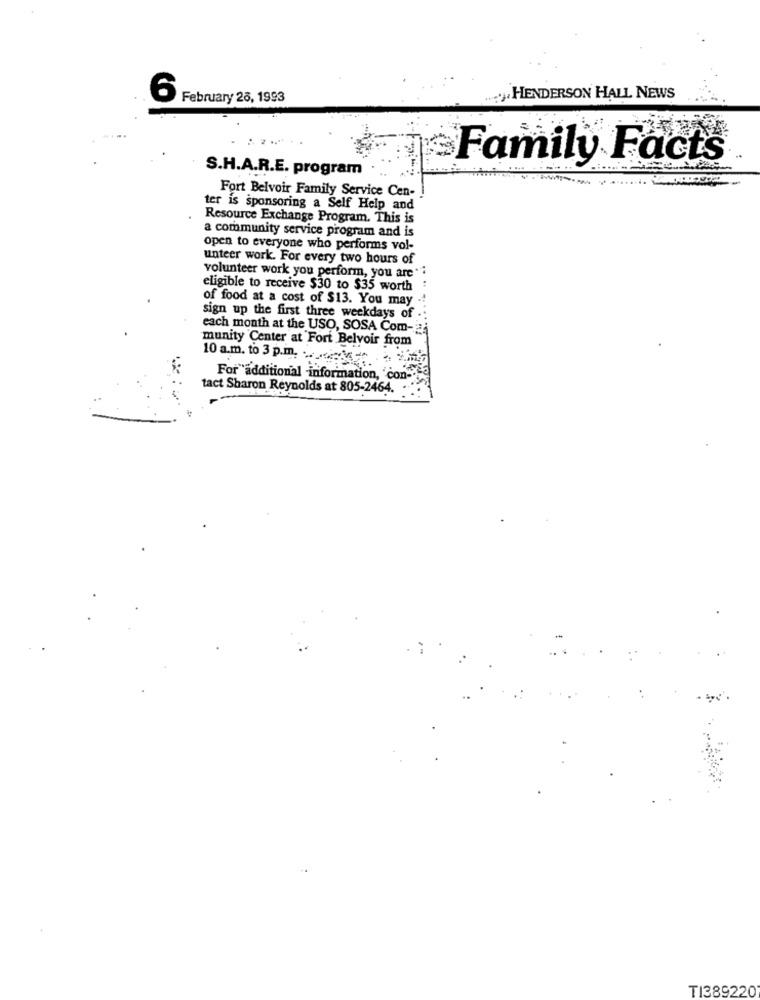
6
February 25, 1993
..... HENDERSON HALL NEWS
Family Facts
S.H.A.R.E. program
Fort Belvoir Family Service Cen-
ter is sponsoring a Self Help and
Resource Exchange Program. This is
a community service program and is
open to everyone who performs vol-
unteer work. For every two hours of
volunteer work you perform, you are **
eligible to receive $30 to $35 worth
of food at a cost of $13. You may
sign up the first three weekdays of
each month at the USO, SOSA Com-
munity Center at Fort Belvoir from
10 a.m. to 3 p.m.
For additional information, con-
tact Sharon Reynolds at 805-2464.
TI389220